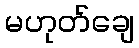
မဟုတ်ချေ